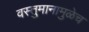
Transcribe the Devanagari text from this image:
वस्तुमानामुळेच